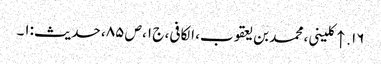
۱۶. ↑ کلینی، محمد بن یعقوب، الکافی، ج ۱، ص ۸۵، حدیث:۱۔